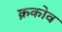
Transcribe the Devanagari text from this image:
क्रकोव